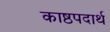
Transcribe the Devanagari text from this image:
काष्ठपदार्थ